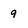
Character: 9